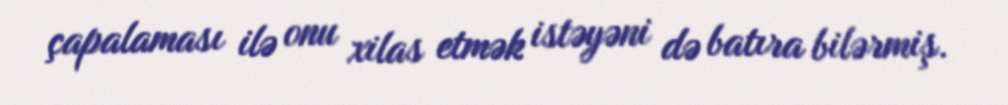
çapalaması ilə onu xilas etmək istəyəni də batıra bilərmiş.